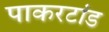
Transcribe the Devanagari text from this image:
पाकरटांड